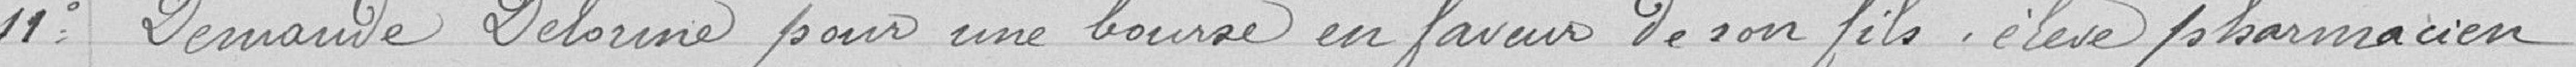
11° Demande Delorme pour une bourse en faveur de son fils, élève pharmacien.